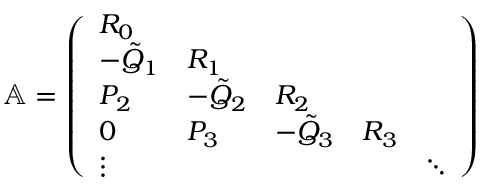
\begin{array} { r } { \mathbb { A } = \left( \begin{array} { l l l l l } { R _ { 0 } } & { } & { } & { } & { } \\ { - \Tilde { Q } _ { 1 } } & { R _ { 1 } } & { } & { } & { } \\ { P _ { 2 } } & { - \Tilde { Q } _ { 2 } } & { R _ { 2 } } & { } \\ { 0 } & { P _ { 3 } } & { - \Tilde { Q } _ { 3 } } & { R _ { 3 } } & { } \\ { \vdots } & { } & { } & { } & { \ddots } \end{array} \right) } \end{array}